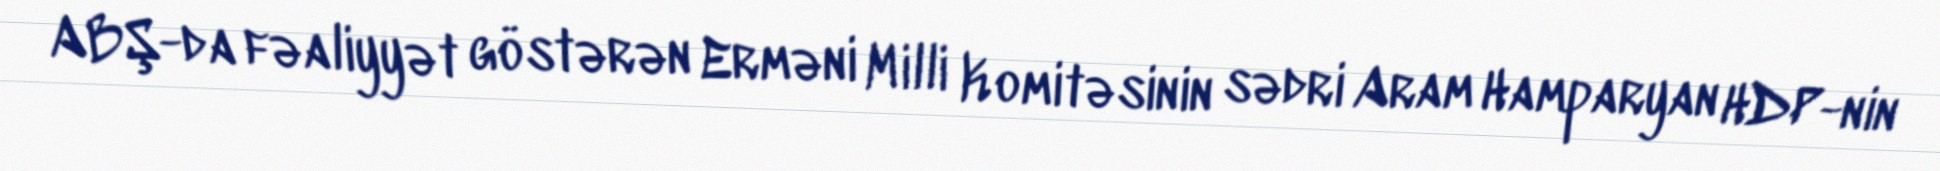
ABŞ-da fəaliyyət göstərən Erməni Milli Komitəsinin sədri Aram Hamparyan HDP-nin